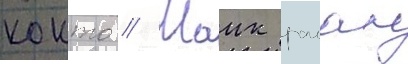
кокто // Маик раиан